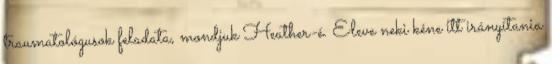
traumatológusok feladata, mondjuk Heather-é. Eleve neki kéne itt irányítania